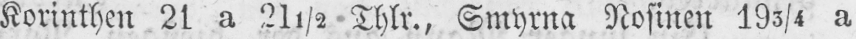
Korinthen 21 a 21½ Thlr., Smyrna Rosinen 193/4 a